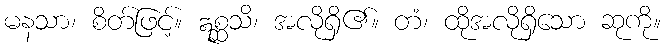
မနသာ၊ စိတ်ဖြင့်။ ဣစ္ဆသိ၊ အလိုရှိ၏။ တံ၊ ထိုအလိုရှိသော ဆုကို။